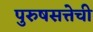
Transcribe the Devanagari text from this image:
पुरुषसत्तेची